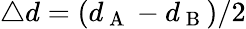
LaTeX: \triangle d=(d_{\mathrm{~A~}}-d_{\mathrm{~B~}})/2